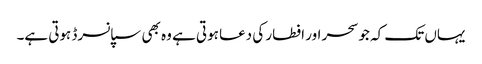
یہاں تک کہ جو سحر اور افطار کی دعا ہوتی ہے وہ بھی سپانسرڈ ہوتی ہے۔